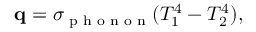
\begin{array} { r } { \mathbf q = \sigma _ { \textrm { p h o n o n } } ( T _ { 1 } ^ { 4 } - T _ { 2 } ^ { 4 } ) , } \end{array}